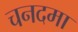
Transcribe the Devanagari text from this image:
चनदमा